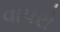
વાપરો